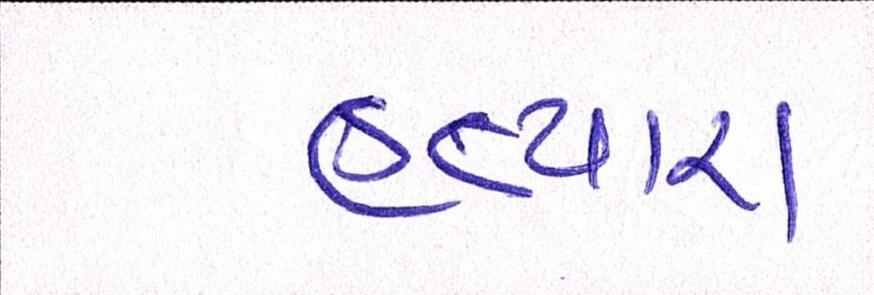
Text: હત્યારા